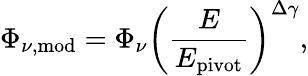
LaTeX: \Phi_{\nu,\mathrm{mod}}=\Phi_{\nu}\left(\frac{E}{E_{\mathrm{pivot}}}\right)^{\Delta\gamma},